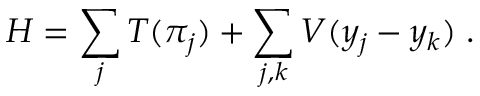
H = \sum _ { j } T ( \pi _ { j } ) + \sum _ { j , k } V ( y _ { j } - y _ { k } ) \; .